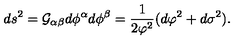
d s ^ { 2 } = { \cal G } _ { \alpha \beta } d \phi ^ { \alpha } d \phi ^ { \beta } = \frac { 1 } { 2 \varphi ^ { 2 } } ( d \varphi ^ { 2 } + d \sigma ^ { 2 } ) .